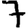
Digit: 7